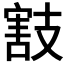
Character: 𢻜